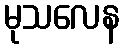
မုသလေန